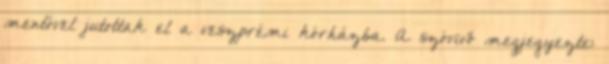
mentővel jutottak el a veszprémi kórházba. A szóvivő megjegyezte: